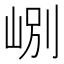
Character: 𡷘